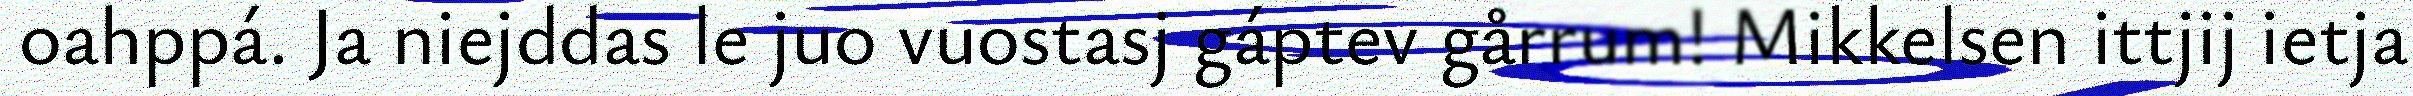
oahppá. Ja niejddas le juo vuostasj gáptev gårrum! Mikkelsen ittjij ietja